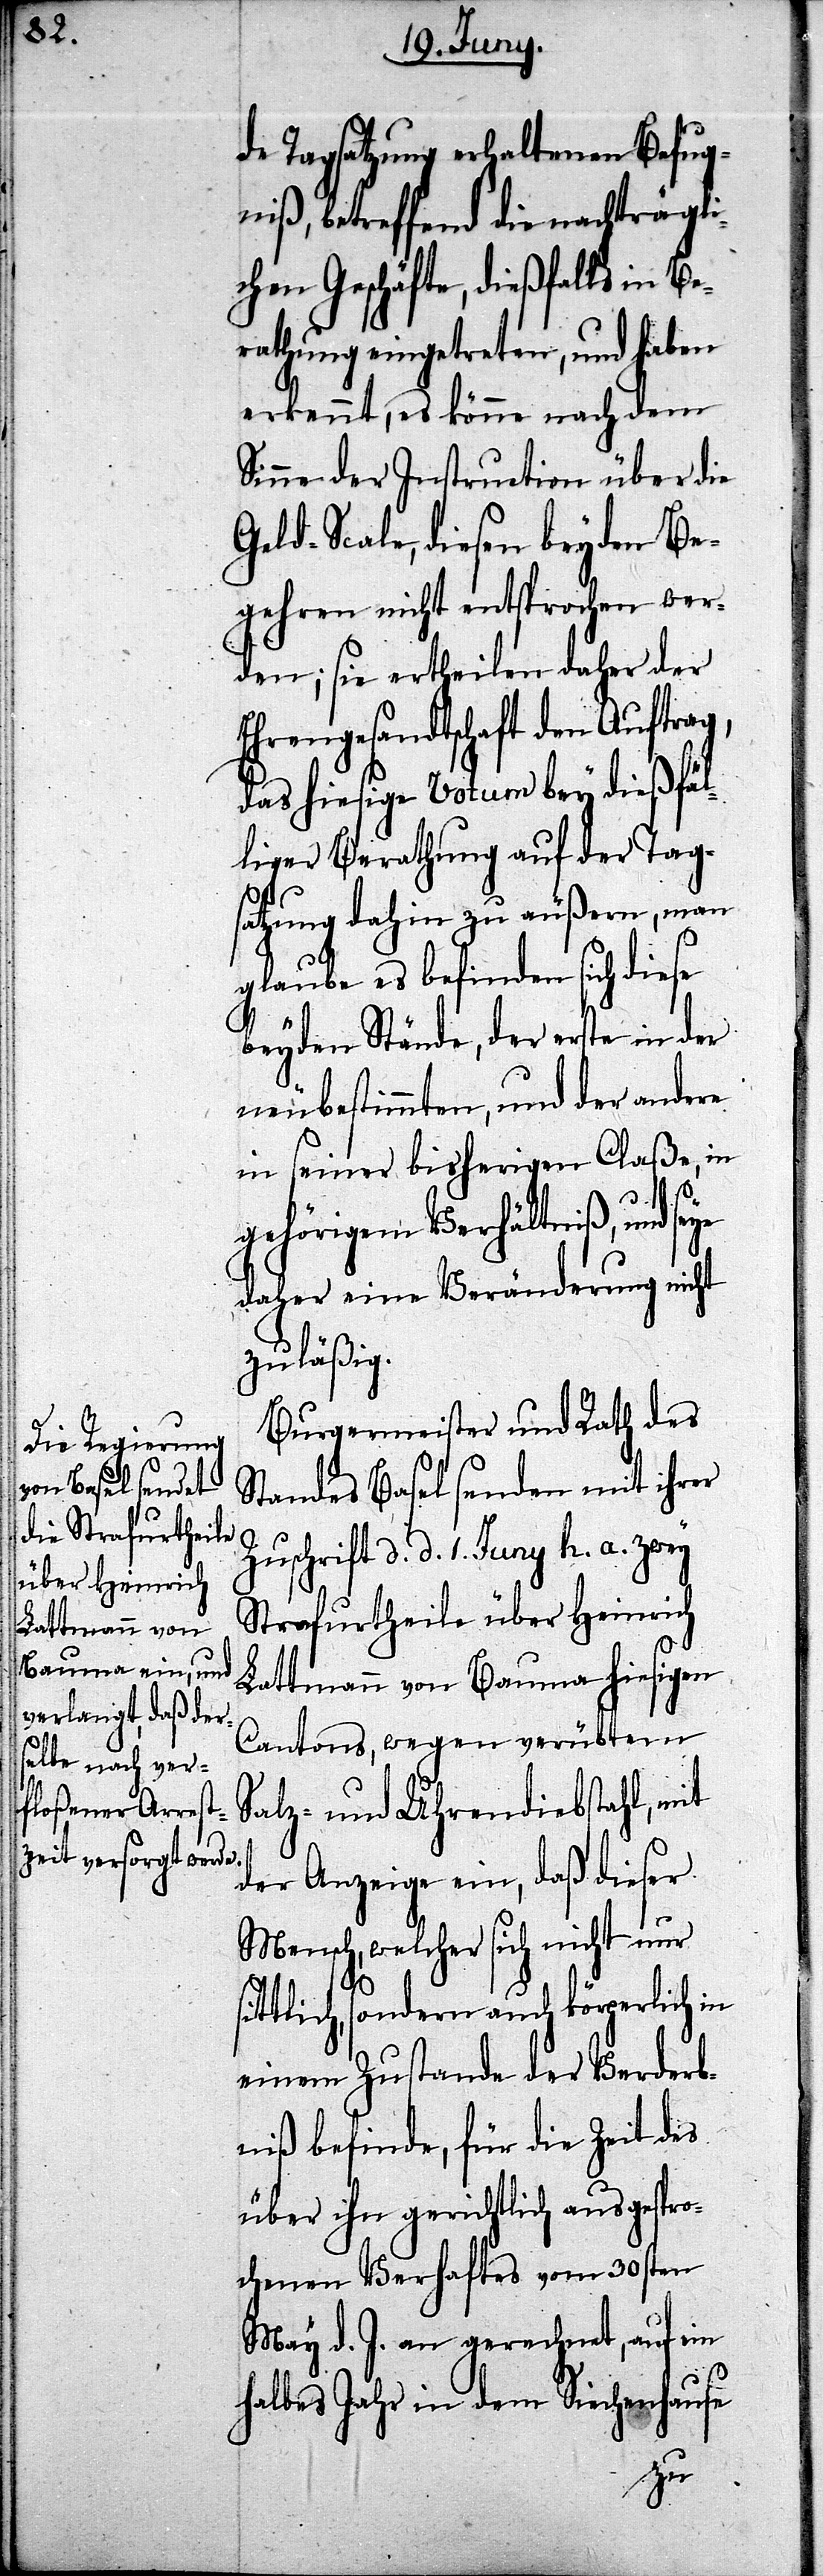
de Tagsatzung erhaltenen Befug¬
niß, betreffend die nachträgli¬
chen Geschäfte, dießfalls in B¬
erathung eingetreten, und haben
erkennt, es könne nach dem
Sinne der Instruction über die
Geld-Scala, diesen beyden Be¬
gehren nicht entsprochen wer¬
den; sie ertheilen daher der
Ehrengesandtschaft den Auftrag,
das hiesige Votum bey dießfäl¬
liger Berathung auf der Tag¬
satzung dahin zu äußern, man
glaube es befinden sich diese
beyden Stände, der erste in der
neubestimmten, und der andere
in seiner bisherigen Claße, in
gehörigem Verhältniß, und seye
daher eine Veränderung nicht
zuläßig.
Burgermeister und Rath des
Standes Basel senden mit ihrer
Zuschrift d. d. 1. Juny h. a. zwey
Strafurtheile über Heinrich
si¬
Lattmann von Bauma hiesigen
Cantons, wegen verübtem
Salz- und Uhrendiebstahl, mit
der Anzeige ein, daß dieser
Mensch, welcher sich nicht nur
ttlich, sondern auch körperlich in
einem Zustande der Verderb¬
niß befinde, für die Zeit des
über ihn gerichtlich ausgespro¬
chenen Verhaftes vom 30sten
May d. J. an gerechnet, auf ein
halbes Jahr in dem Siechenhause